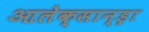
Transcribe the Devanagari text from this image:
आलेक्सान्ड्रा